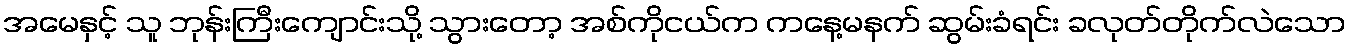
အမေနှင့် သူ ဘုန်းကြီးကျောင်းသို့ သွားတော့ အစ်ကိုငယ်က ကနေ့မနက် ဆွမ်းခံရင်း ခလုတ်တိုက်လဲသော